Report on vaccination North-West Frontier Province 1904-1922 - 1904-1922
Year: 1904
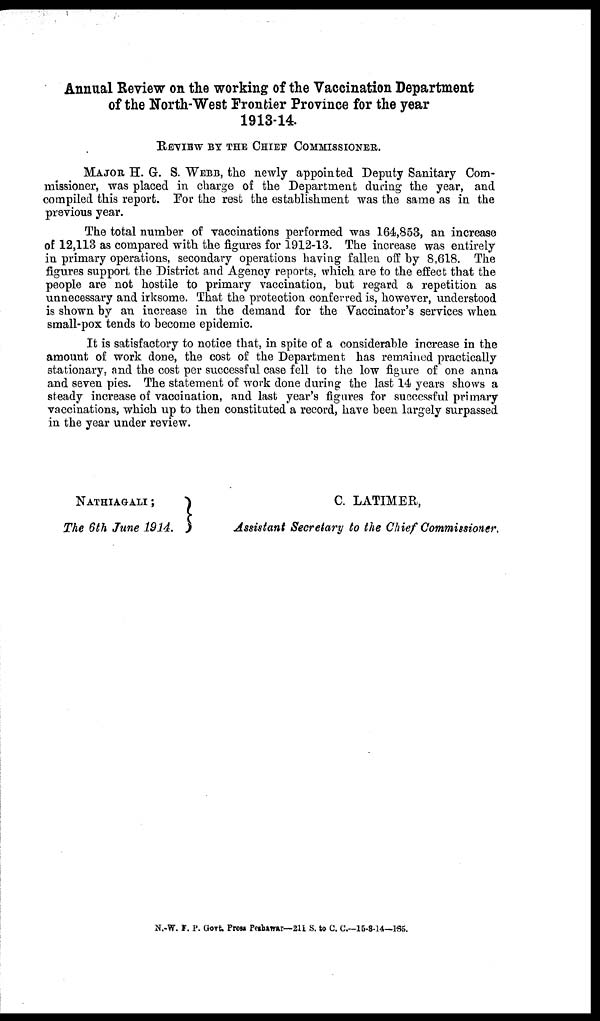
Annual Review on the working of the Vaccination Department
of the North-West Frontier Province for the year
1913-14.
REVIEW BY THE CHIEF COMMISSIONER.
MAJOR H. G. S. WEBB, the newly appointed Deputy Sanitary Com-
missioner, was placed in charge of the Department during the year, and
compiled this report. For the rest the establishment was the same as in the
previous year.
The total number of vaccinations performed was 164,853, an increase
of 12,113 as compared with the figures for 1912-13. The increase was entirely
in primary operations, secondary operations having fallen off by 8,618. The
figures support the District and Agency reports, which are to the effect that the
people are not hostile to primary vaccination, but regard a repetition as
unnecessary and irksome. That the protection conferred is, however, understood
is shown by an increase in the demand for the Vaccinator's services when
small-pox tends to become epidemic.
It is satisfactory to notice that, in spite of a considerable increase in the
amount of work done, the cost of the Department has remained practically
stationary, and the cost per successful case fell to the low figure of one anna
and seven pies. The statement of work done during the last 14 years shows a
steady increase of vaccination, and last year's figures for successful primary
vaccinations, which up to then constituted a record, have been largely surpassed
in the year under review.
NATHIAGALI;
The 6th June 1914.
C. LATIMER,
Assistant Secretary to the Chief Commissioner.
N.-W. F. P. Govt. Press Peshawar—211 S. to C. C.—15-8-14—185.